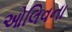
ઓલિવના